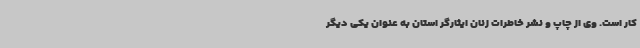
کار است. وی از چاپ و نشر خاطرات زنان ایثارگر استان به عنوان یکی دیگر